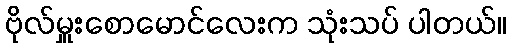
ဗိုလ်မှူးစောမောင်လေးက သုံးသပ် ပါတယ်။